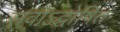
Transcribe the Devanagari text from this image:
सवोऽद्घोषित